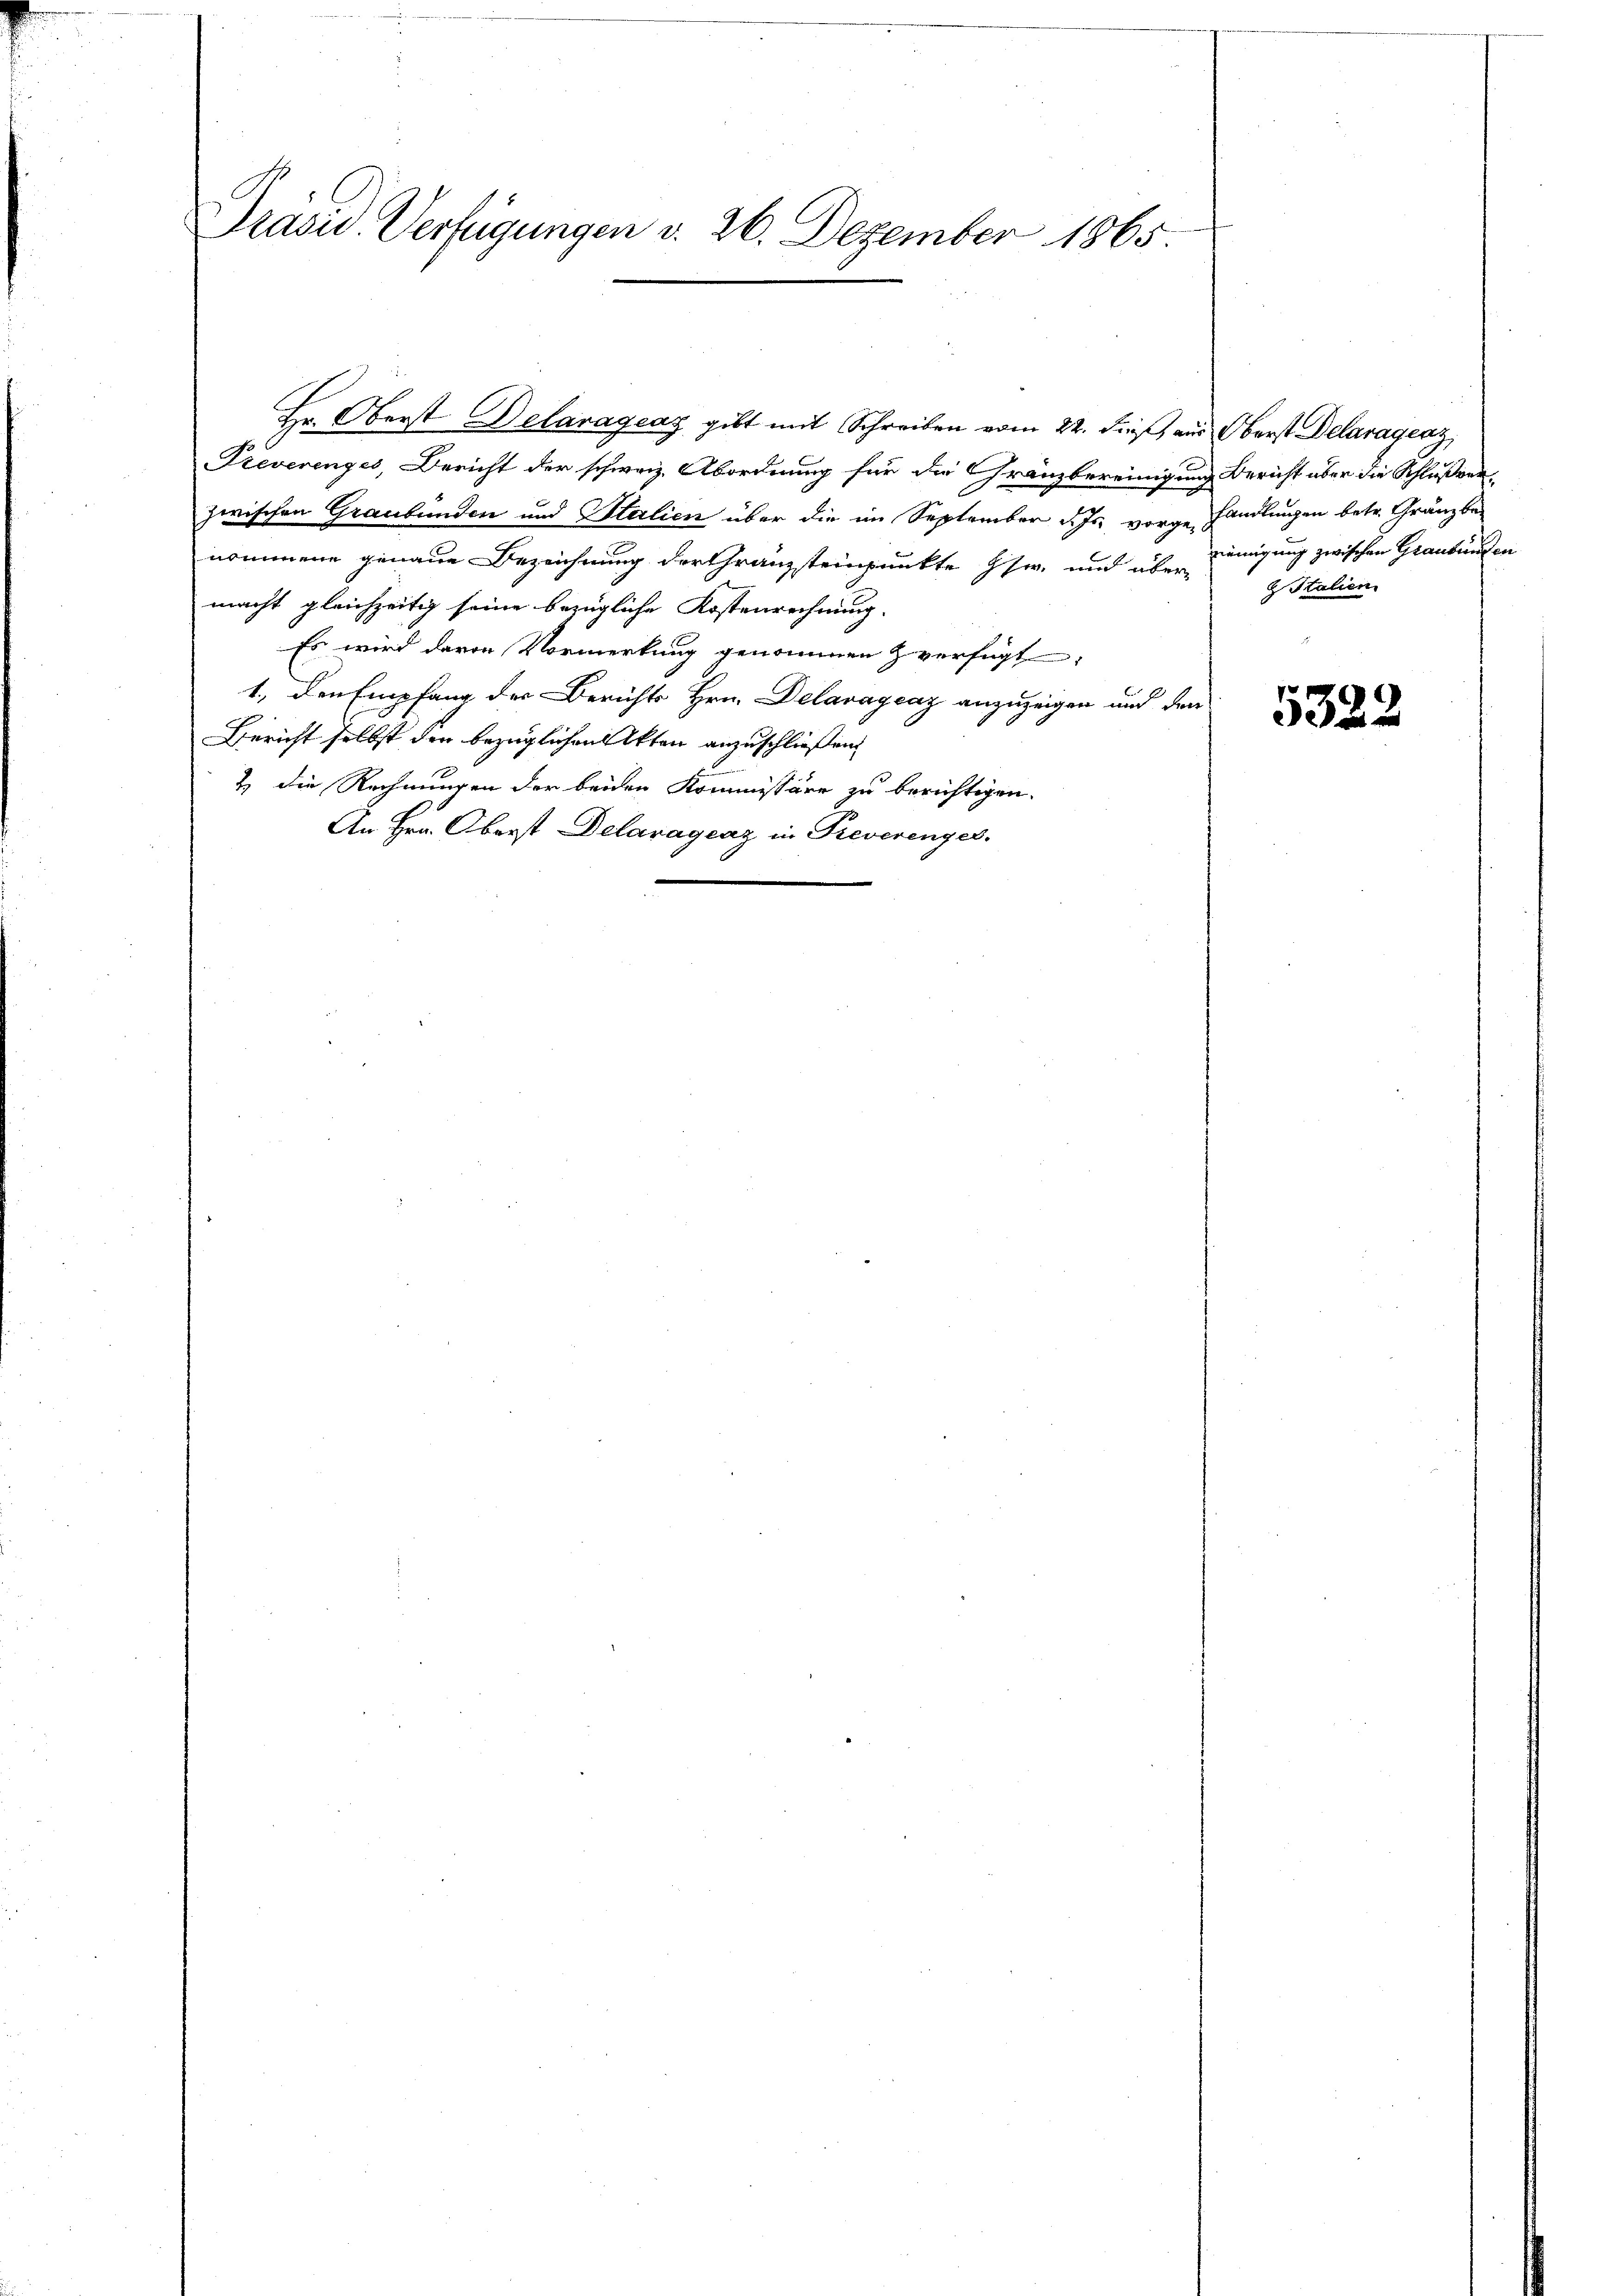
Präsid. Verfügungen v. 26. Dezember 1865.

Hr. Oberst Delarágeaz gibt mit Schreiben vom 22. dieß, aus Oberst Delaragraz,
Freverenges, Bericht der schweiz. Abordnung für die Gränzbereinigung Bericht über die Schlußverzwischen Graubünden und Stalien über die im September d. Js. vorgehandlungen betr. Gränzber
nommene genaue Bezeichnung der Gränzsteinpunkte Gsw. und über einigung zwischen Graubünden
macht gleichzeitig seine bezügliche Kostenrechnung.
Es wird davon Vormerkung genommen verfügt:
1., den Empfang der Berichts Hrn. Delavagcaz anzuzeigen und den
Bericht selbst der bezüglichen Akten anzuschließen.
& die Rechnungen der beiden Kommissäre zu berichtigen.
An Hrn. Oberst Delaragraz in Preverenges.

Italien

5322